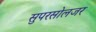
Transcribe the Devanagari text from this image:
सुपरसोलजर